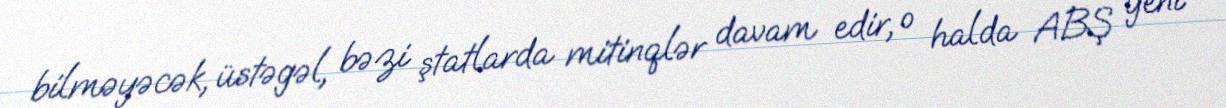
bilməyəcək, üstəgəl, bəzi ştatlarda mitinqlər davam edir, o halda ABŞ yeni